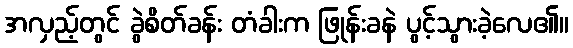
အလှည့်တွင် ခွဲစိတ်ခန်း တံခါးက ဖြုန်းခနဲ ပွင့်သွားခဲ့လေ၏။